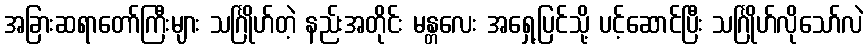
အခြားဆရာတော်ကြီးများ သင်္ဂြိုဟ်တဲ့ နည်းအတိုင်း မန္တလေး အရှေ့ပြင်သို့ ပင့်ဆောင်ပြီး သင်္ဂြိုဟ်လိုသော်လဲ